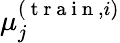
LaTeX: \mu_{j}^{(\mathrm{~t~r~a~i~n~},i)}